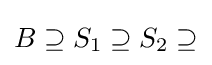
B\supseteq S_{1}\supseteq S_{2}\supseteq